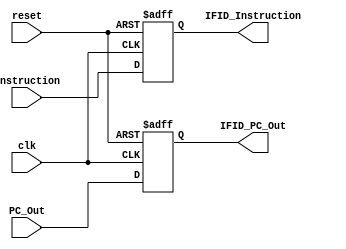
`timescale 1ns / 1ps
module IFID(
    input clk,
    input reset,
    input [31:0] Instruction,
    input [63:0] PC_Out,
    output reg [31:0] IFID_Instruction,
    output reg [63:0] IFID_PC_Out
);
always @(posedge clk or posedge reset) begin
    if (reset == 1'b1) begin
        IFID_Instruction = 0; IFID_PC_Out = 0;
    end
    else begin
        IFID_Instruction = Instruction; IFID_PC_Out = PC_Out;
    end
end
endmodule